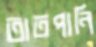
তাতপানি